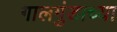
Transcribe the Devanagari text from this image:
गालगुंडाच्या